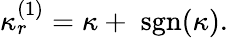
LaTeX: \kappa_{r}^{(1)}=\kappa+\; \mathrm{sgn}(\kappa).